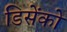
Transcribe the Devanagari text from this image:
डिसेंको